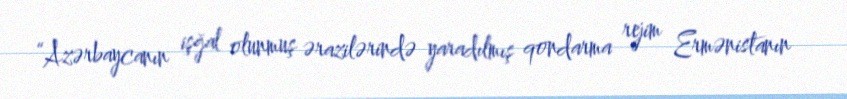
“Azərbaycanın işğal olunmuş ərazilərində yaradılmış qondarma rejim Ermənistanın